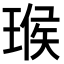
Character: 𤧝